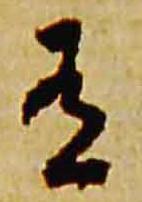
有